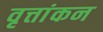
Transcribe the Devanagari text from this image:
वृत्तांकन